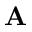
{ \bf A }